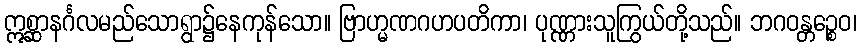
ဣစ္ဆာနင်္ဂလမည်သောရွာ၌နေကုန်သော။ ဗြာဟ္မဏဂဟပတိကာ၊ ပုဏ္ဏားသူကြွယ်တို့သည်။ ဘဂဝန္တဉ္စေဝ၊